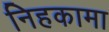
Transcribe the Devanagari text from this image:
निहकामा